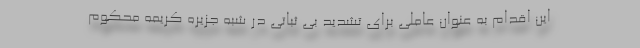
این اقدام به عنوان عاملی برای تشدید بی ثباتی در شبه جزیره کریمه محکوم